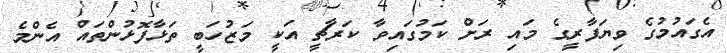
އެގައުމުގެ ވިޔަފާރީގެ މައި ރަށް ކަމުގައިވާ ކަރާޗީ އަކީ މަޒުހަބީ ތަޅާފޮޅުންތައް އެންމެ